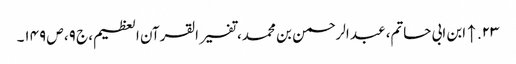
۲۳. ↑ ابن ابی حاتم، عبد الرحمن بن محمد، تفسیر القرآن العظیم، ج ۹، ص ۱۴۹۔